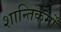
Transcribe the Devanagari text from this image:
शान्तिकर्मों